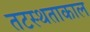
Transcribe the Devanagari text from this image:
तटस्थताकाल